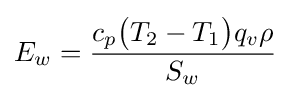
E_{w}={\frac {c_{p}{\bigl (}T_{2}-T_{1}{\bigr )}q_{v}\rho }{S_{w}}}